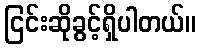
ငြင်းဆိုခွင့်ရှိပါတယ်။